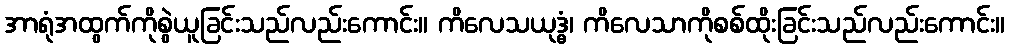
အာရုံအထွက်ကိုစွဲယူခြင်းသည်လည်းကောင်း။ ကိလေသယုဒ္ဓံ၊ ကိလေသာကိုစစ်ထိုးခြင်းသည်လည်းကောင်း။